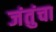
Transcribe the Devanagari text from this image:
जंतुंचा